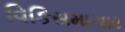
વિકિસમાચાર